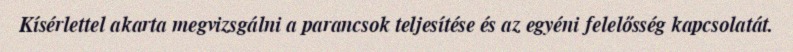
Kísérlettel akarta megvizsgálni a parancsok teljesítése és az egyéni felelősség kapcsolatát.